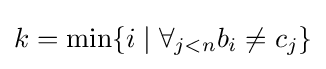
k=\min\{i\mid \forall _{j<n}b_{i}\neq c_{j}\}